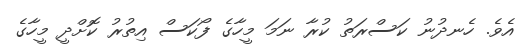
އެވެ. ހެނދުނު ކަސްރަތު ކުރާ ނަމަ މީހާގެ ފޯކަސް އިތުރު ކޮށްދީ މީހާގެ